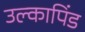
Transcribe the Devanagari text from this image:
उल्‍कापिंड